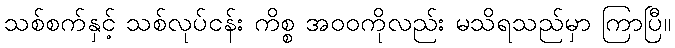
သစ်စက်နှင့် သစ်လုပ်ငန်း ကိစ္စ အဝဝကိုလည်း မသိရသည်မှာ ကြာပြီ။